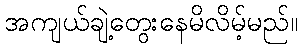
အကျယ်ချဲ့တွေးနေမိလိမ့်မည်။